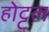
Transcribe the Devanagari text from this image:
होट्ट्ल